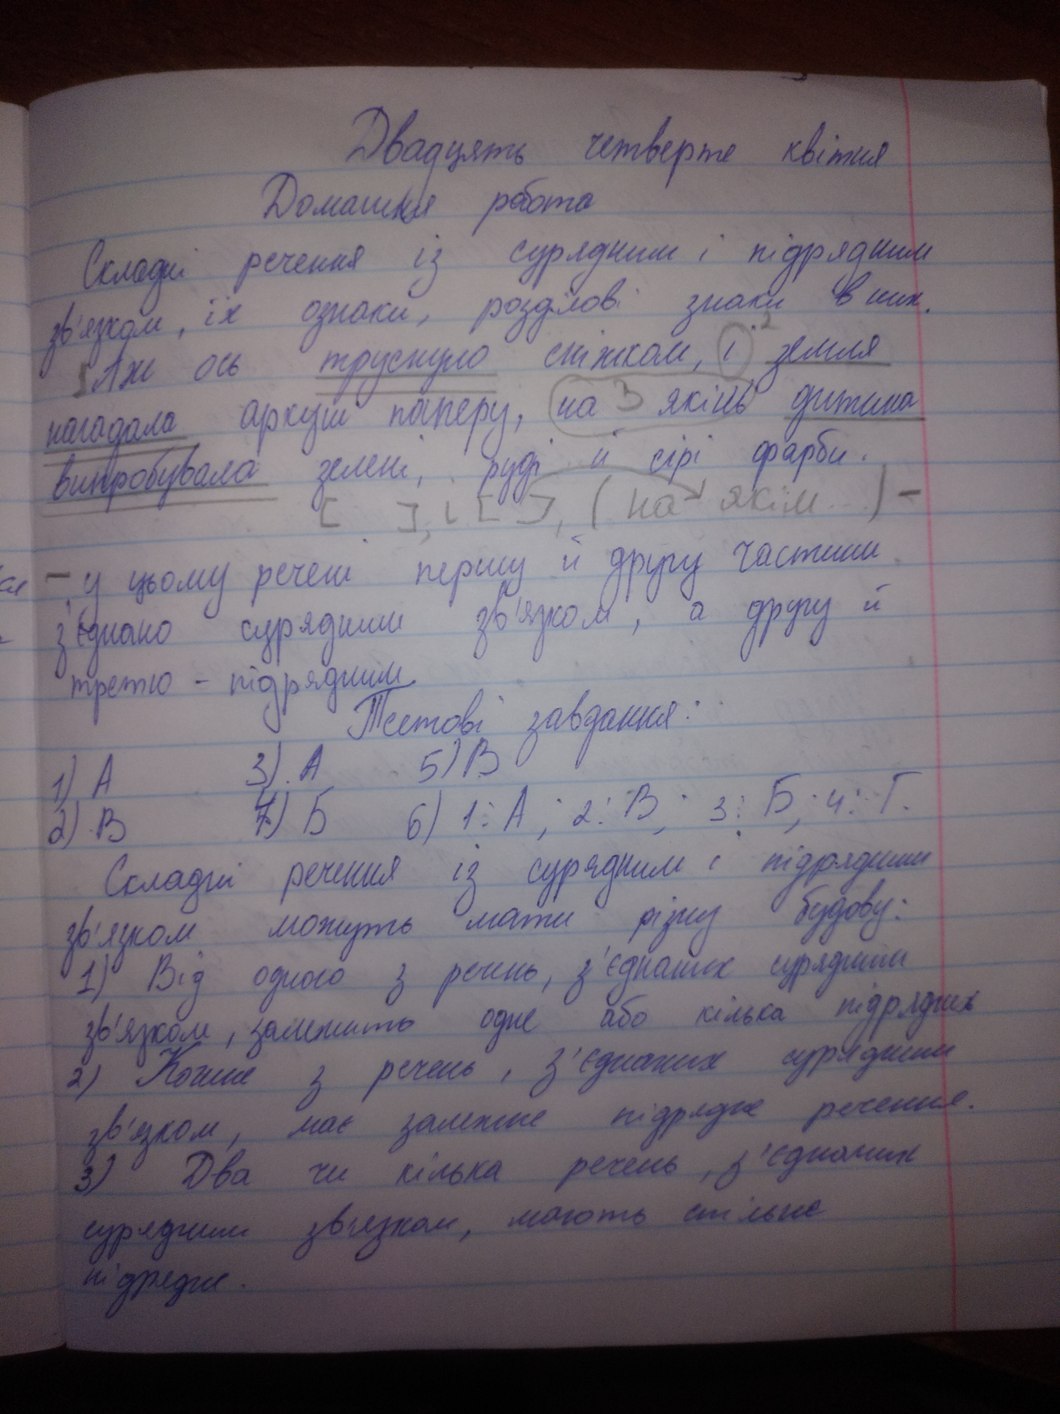
Двадцять четверте квітня
Домашня робота
Склади речення із сурядним і підрядним
зв'язком, їх ознаки, розділові знаки в них.
2
. Аж ось труснуло сніжком, і земля
5
3
нагадала аркуш паперу, на з якійсь дитина
випробувала зелені, руді й сірі фарби.
[ ] + [ ] (на якім)-
у цьому реченні першу й другу частини
з'єднано сурядним зв'язком, а другу й
третю - підрядним
Тестові завдання:
5) B
3). A
1) A
6) 1: A, 2: B, 3: Б, 4: Г.
4) 5
2) B
Складні речення із сурядним і підрядним
зв'язком можуть мати різну будову:
1) Від одного з речень, з'єднаних сурядним
зв'язком, замінюють одне або кілька підрядних
2) Кожне з речень, з'єднаних сурядним
зв'язком, має залежне підрядне речення.
3) Два чи кілька речень, з'єднаних
сурядним зв'язком, мають спільне
підречи.